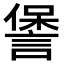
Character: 𮘧